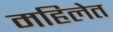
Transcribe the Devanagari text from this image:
महिलेत